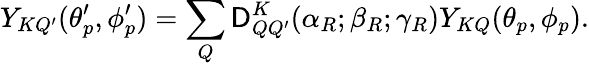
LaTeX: Y_{KQ^{\prime}}(\theta_{p}^{\prime},\phi_{p}^{\prime})=\sum_{Q}\mathsf{D}_{QQ^{\prime}}^{K}(\alpha_{R};\beta_{R};\gamma_{R})Y_{KQ}(\theta_{p},\phi_{p}).